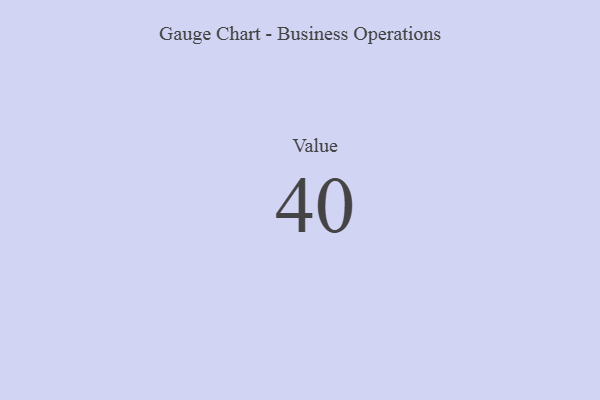
{"axis": {"x": "Metric", "y": "Value"}, "legend": [""], "data": [{"x": "Value", "y": 40, "type": ""}]}